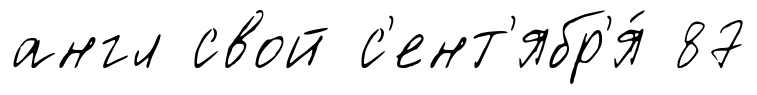
англ свой с'ент'ябр'я́ 87